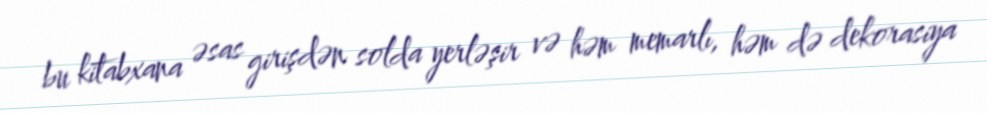
bu kitabxana əsas girişdən solda yerləşir və həm memarlı, həm də dekorasiya